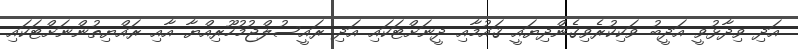
އަދި ވިދާޅުވީ އަދީބު ވަކިކުރެވިގެންދިޔައީ ޤައުމާއި ދީނަށްޓަކައި އަދި ރައީސުލްޖުމުހޫރިއްޔާ އާއި ރައްޔިތުންނަށްޓަކައި